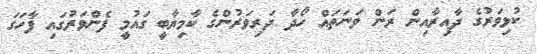
ކުޅިވަރުގެ ދާއިރާއިން ރަން ވަނަތައް ހޯދާ ދަރިވަރުންގެ ކާމިޔާބީ ގައުމީ ފެންވަރުގައި ފާހަގަ